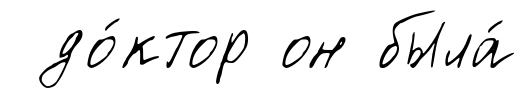
до́ктор он была́